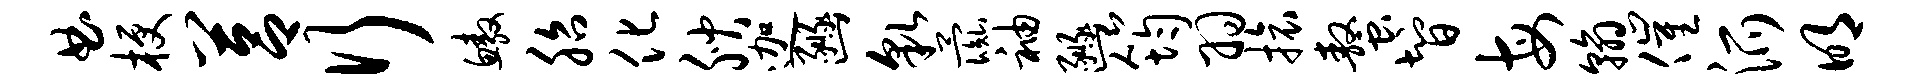
曲梗莒行鳌胎化腴迦豳貌彘袖豳筠羽旅螯智每翰催派明